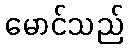
မောင်သည်